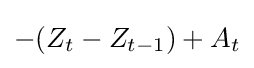
-(Z_{t}-Z_{t-1})+A_{t}